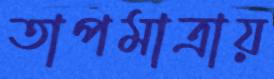
তাপমাত্রায়